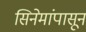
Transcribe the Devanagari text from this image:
सिनेमांपासून